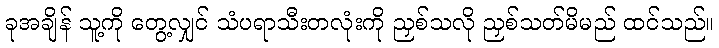
ခုအချိန် သူ့ကို တွေ့လျှင် သံပရာသီးတလုံးကို ညှစ်သလို ညှစ်သတ်မိမည် ထင်သည်။